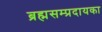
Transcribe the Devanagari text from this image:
ब्रह्मसम्प्रदायका